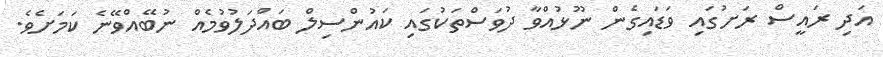
އަދި ރައީސް ރަށުގައި ވަޑައިގެން ނޫޅުއްވާ ދުވަސްތަކުގައި ކައުންސިލް ބައްދަލުވުމެއް ނުބޭއްވޭނެ ކަމަށެވެ.